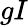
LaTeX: gI